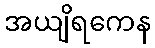
အယျိရကေန